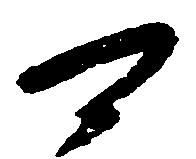
可